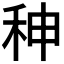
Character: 𥞁